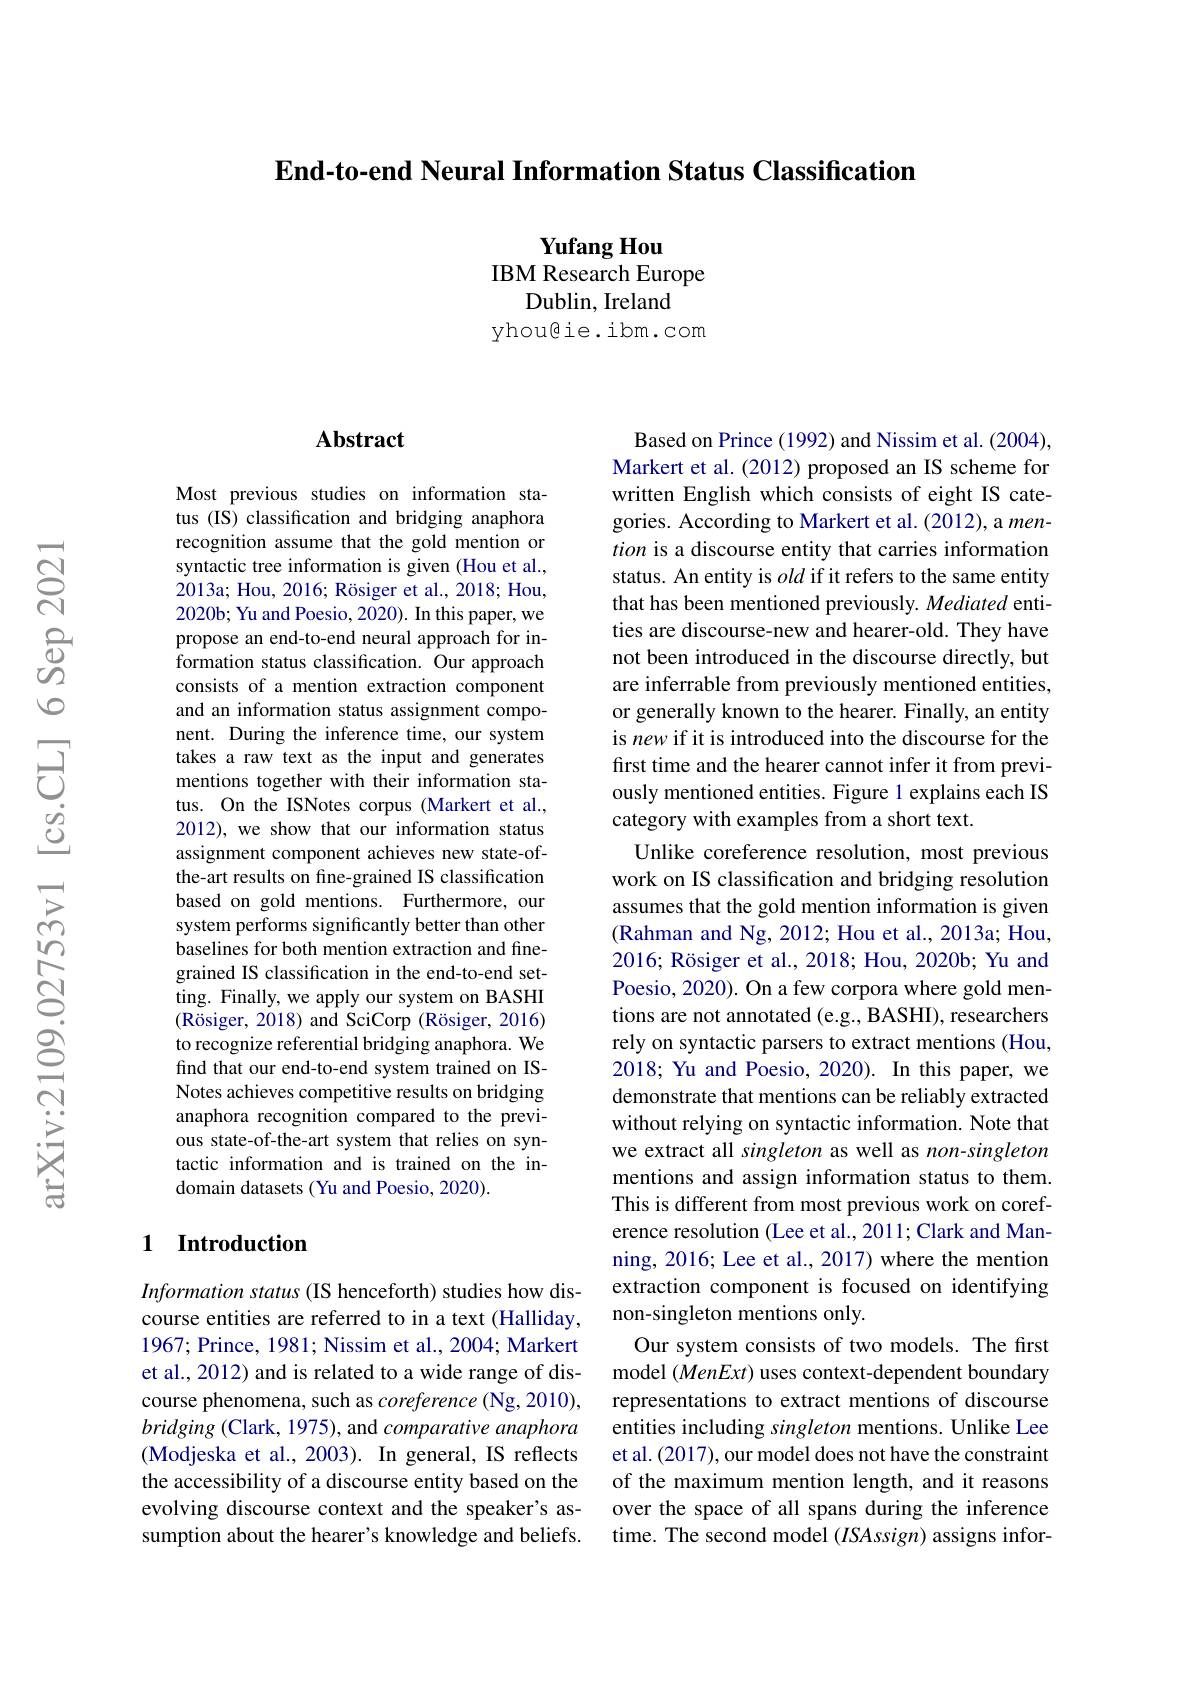
$\textbf{End- to- end Neural Information Status Classification}$

Yufang Hou
IBM Research Europe
Dublin, Ireland
yhougie.ibm.com

### $\mathbf{Abstract}$

Most previous studies on information status (IS) classification and bridging anaphora recognition assume that the gold mention or syntactic tree information is given (Hou et al., 2013a; Hou, 2016; Rösiger et al., 2018; Hou, 2020b; Yu and Poesio, 2020). In this paper, we propose an end-to-end neural approach for information status classification. Our approach consists of a mention extraction component and an information status assignment component. During the inference time, our system takes a raw text as the input and generates mentions together with their information status. On the ISNotes corpus (Markert et al., 2012), we show that our information status assignment component achieves new state-ofthe-art results on fine-grained IS classification based on gold mentions. Furthermore, our system performs significantly better than other baselines for both mention extraction and finegrained IS classification in the end-to-end setting. Finally, we apply our system on BASHI (Rösiger, 2018) and SciCorp (Rösiger, 2016) to recognize referential bridging anaphora. We find that our end-to-end system trained on ISNotes achieves competitive results on bridging anaphora recognition compared to the previous state-of-the-art system that relies on syntactic information and is trained on the indomain datasets (Yu and Poesio, 2020).

## 1 $\textbf{Introduction}$

Information status (IS henceforth) studies how discourse entities are referred to in a text (Halliday, 1967; Prince, 1981; Nissim et al., 2004; Markert et al., 2012) and is related to a wide range of discourse phenomena, such as coreference (Ng, 2010), bridging (Clark, 1975), and comparative anaphora (Modjeska et al., 2003). In general, IS reflects the accessibility of a discourse entity based on the evolving discourse context and the speaker's assumption about the hearer's knowledge and beliefs.

Based on Prince (1992) and Nissim et al. (2004), Markert et al.(2012) proposed an IS scheme for written English which consists of eight IS categories. According to Markert et al. (2012), a mention is a discourse entity that carries information status. An entity is old if it refers to the same entity that has been mentioned previously. Mediated entities are discourse-new and hearer-old. They have not been introduced in the discourse directly, but are inferrable from previously mentioned entities, or generally known to the hearer. Finally, an entity is new if it is introduced into the discourse for the first time and the hearer cannot infer it from previously mentioned entities. Figure 1 explains each IS category with examples from a short text.
Unlike coreference resolution, most previous work on IS classification and bridging resolution assumes that the gold mention information is given (Rahman and Ng, 2012; Hou et al., 2013a; Hou, 2016; Rösiger et al., 2018; Hou, 2020b; Yu and Poesio, 2020). On a few corpora where gold mentions are not annotated (e.g., BASHI), researchers rely on syntactic parsers to extract mentions (Hou, 2018; Yu and Poesio, 2020). In this paper, we demonstrate that mentions can be reliably extracted without relying on syntactic information. Note that we extract all singleton as well as non-singleton mentions and assign information status to them. This is different from most previous work on coreference resolution (Lee et al., 2011; Clark and Manning, 2016; Lee et al., 2017) where the mention extraction component is focused on identifying non-singleton mentions only.
Our system consists of two models. The first model $(MenExt)$ uses context-dependent boundary representations to extract mentions of discourse entities including singleton mentions. Unlike Lee et al. (2017), our model does not have the constraint of the maximum mention length, and it reasons over the space of all spans during the inference time. The second model (ISAssign) assigns infor-